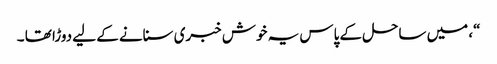
“، میں ساحل کے پاس یہ خوش خبری سنانے کے لیے دوڑا تھا ۔